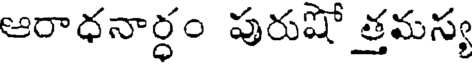
ఆరాధనార్ధం పురుషో త్తమస్య